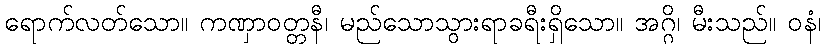
ရောက်လတ်သော။ ကဏှာဝတ္တနီ၊ မည်သောသွားရာခရီးရှိသော။ အဂ္ဂိ၊ မီးသည်။ ဝနံ၊